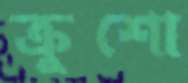
ক্রুশো